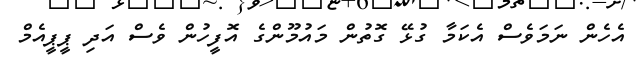
އެހެން ނަމަވެސް އެކަމާ ގުޅޭ ގޮތުން މައުމޫންގެ އޮފީހުން ވެސް އަދި ޕީޕީއެމް